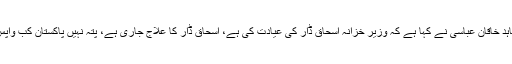
وزیراعظم شاہد خاقان عباسی نے کہا ہے کہ وزیر خزانہ اسحاق ڈار کی عیادت کی ہے، اسحاق ڈار کا علاج جاری ہے، پتہ نہیں پاکستان کب واپس جائیں گے۔